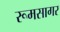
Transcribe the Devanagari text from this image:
रूमसागर